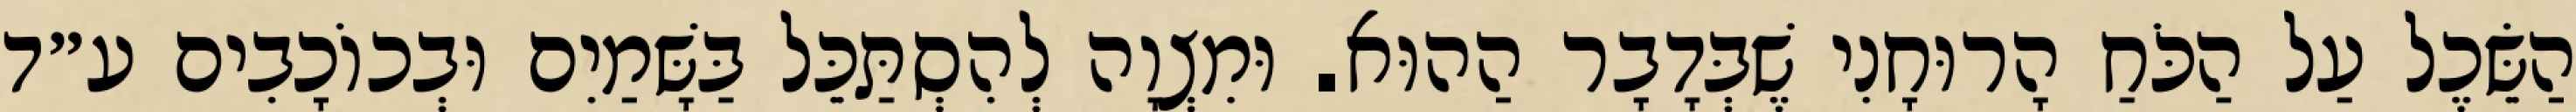
הַשֵּׂכֶל עַל הַכֹּחַ הָרוּחָנִי שֶׁבְּדָבָר הַהוּא. וּמִצְוָה לְהִסְתַּכֵּל בַּשָּׁמַיִם וּבְכוֹכָבִים ע״ד